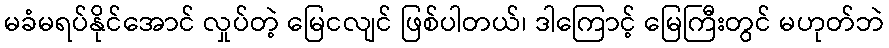
မခံမရပ်နိုင်အောင် လှုပ်တဲ့ မြေငလျင် ဖြစ်ပါတယ်၊ ဒါကြောင့် မြေကြီးတွင် မဟုတ်ဘဲ